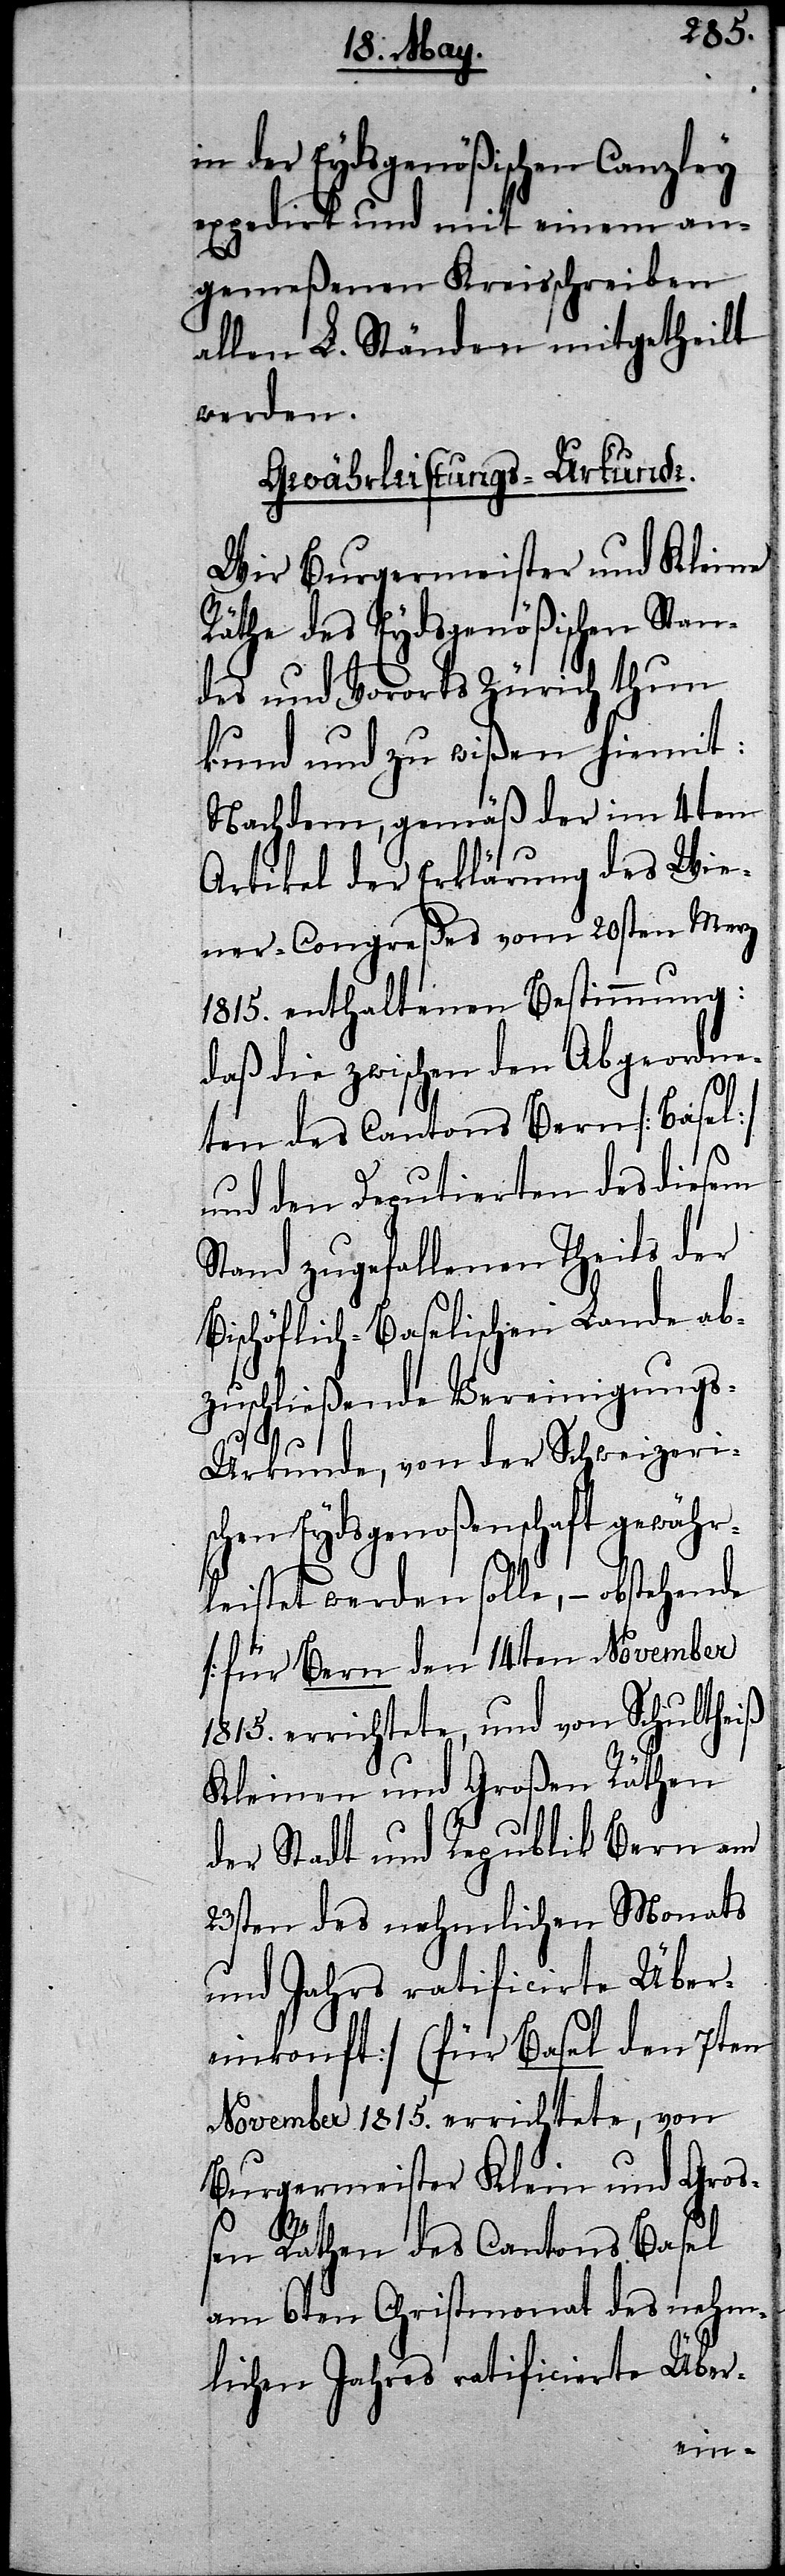
in der Eydsgenößischen Canzley
expedirt und mit einem an¬
gemeßenen Kreisschreiben
allen L. Ständen mitgetheilt
werden.
Gewährleistungs-Urkunde.
Wir Burgermeister und Kleine
Räthe des Eydsgenößischen Stan¬
des und Vororts Zürich thun
kund und zu wißen hiemit:
Nachdem, gemäß der im 4ten
Artikel der Erklärung des Wie¬
ner-Congreßes vom 20sten Merz
1815. enthaltenen Bestimmung:
daß die zwischen den Abgeordne¬
ten des Cantons Bern [Basel]
und den Deputierten des diesem
Stand zugefallenen Theils der
Bischöflich-Baselischen Lande ab¬
zuschließende Vereinigung¬
s-Urkunde, von der Schweizeri¬
schen Eydsgenoßenschaft gewähr¬
leistet werden solle, – obstehende
[für Bern den 14ten November
1815. errichtete, und von Schultheiß
Kleinen und Großen Räthen
der Stadt und Republik Bern am
23sten des nehmlichen Monats
und Jahrs ratificirte Über¬
einkonft] (für Basel den 7ten
November 1815. errichtete, von
Burgermeister Klein und Groß¬
en Räthen des Cantons Basel
am 6ten Christmonat des nehm¬
lichen Jahres ratificierte Über-